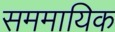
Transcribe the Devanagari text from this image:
सममायिक